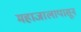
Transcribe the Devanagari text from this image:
महाजालापासून